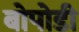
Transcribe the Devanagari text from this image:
बोपोडी